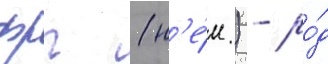
фрг (н'е́м.) - ро́д